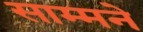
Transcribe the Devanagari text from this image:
साम्मने